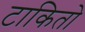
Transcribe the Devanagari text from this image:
टाकितो